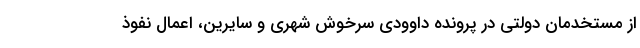
از مستخدمان دولتی در پرونده داوودی سرخوش شهری و سایرین، اعمال نفوذ